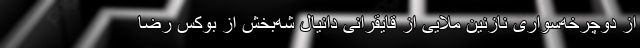
از دوچرخه‌سواری نازنین ملایی از قایقرانی دانیال شه‌بخش از بوکس رضا